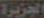
الجزيرة